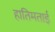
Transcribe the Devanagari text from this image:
हातिमताई